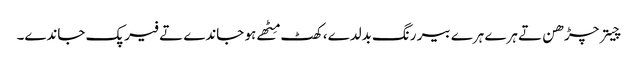
چیتر چڑھن تے ہرے ہرے بیر رنگ بدلدے، کھٹ مِٹھے ہو جاندے تے فیر پک جاندے۔